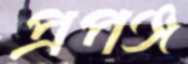
প্রপঞ্জ